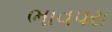
ભાવપરા